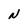
Character: N